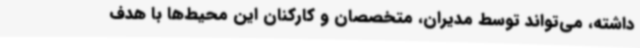
داشته، می‌تواند توسط مدیران، متخصصان و کارکنان این محیط‌ها با هدف